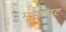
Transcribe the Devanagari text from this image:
मरगराट